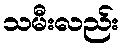
သမီးလည်း